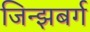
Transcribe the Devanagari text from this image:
जिन्झबर्ग